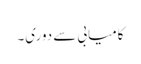
کامیابی سے دوری۔